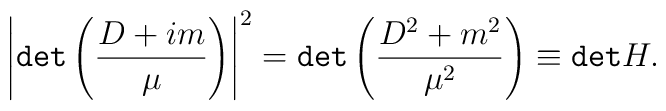
\left|{\tt {det}}\left(\frac{D+im}{\mu}\right)\right|^2={\tt {det}}\left(\frac{D^2+m^2}{\mu^2}\right)\equiv {\tt det}H.